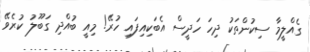
ގެއްލީމާ ސިކުންތަކު ދިހަ ހަދީސް އެބަކިއިފައި ހުރޭ! މިއީ ބުއްދި ގަބޫލު ކުރެވޭ